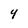
Character: 4